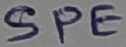
Text: SPE